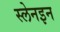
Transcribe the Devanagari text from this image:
स्लेनइन